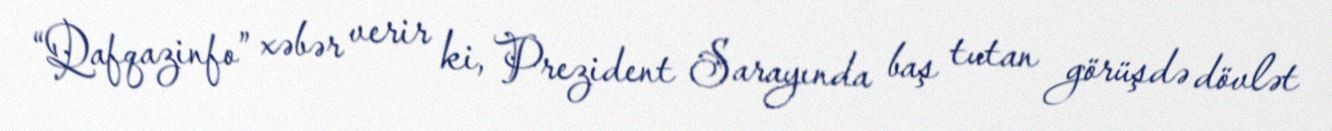
“Qafqazinfo” xəbər verir ki, Prezident Sarayında baş tutan görüşdə dövlət